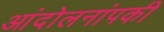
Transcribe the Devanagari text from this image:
आंदोलनांपकी